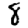
Digit: 8